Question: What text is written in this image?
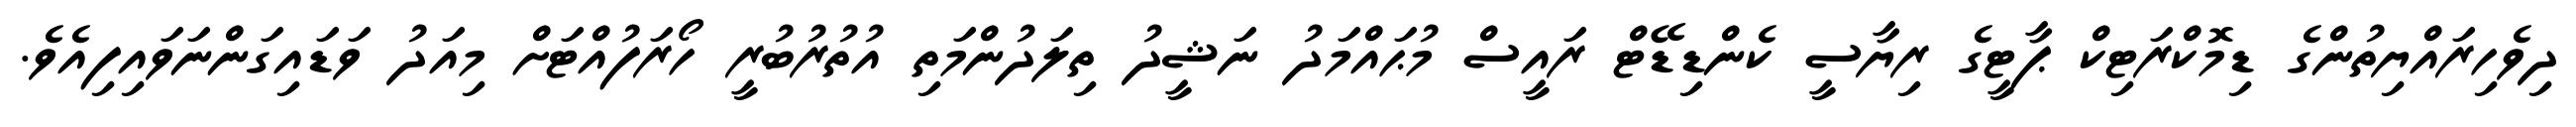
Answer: ދިވެހިރައްޔިތުންގެ ޑިމޮކްރަޓިކް ޕާޓީގެ ރިޔާސީ ކެންޑިޑޭޓް ރައީސް މުޙައްމަދު ނަޝީދު ތިލަދުންމަތި އުތުރުބުރީ ހޯރަފުއްޓަށް މިއަދު ވަޑައިގަންނަވައިފިއެވެ.